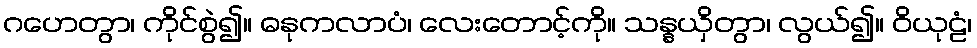
ဂဟေတွာ၊ ကိုင်စွဲ၍။ ဓနုကလာပံ၊ လေးတောင့်ကို။ သန္နယှိတွာ၊ လွယ်၍။ ဝိယုဠံ၊